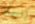
إتجاه